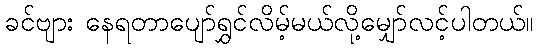
ခင်ဗျား နေရတာပျော်ရွှင်လိမ့်မယ်လို့မျှော်လင့်ပါတယ်။